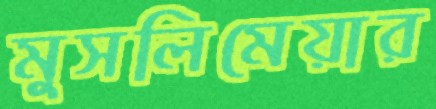
মুসলিমেয়ার